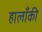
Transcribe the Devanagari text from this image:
हालाँकी